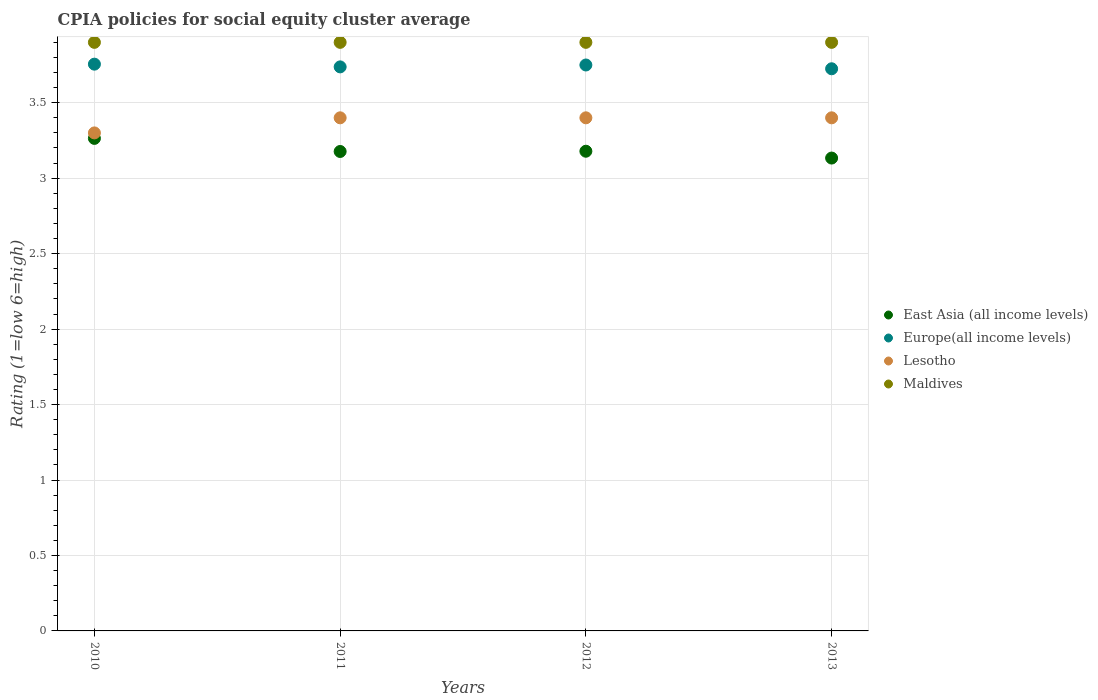
| Years | East Asia (all income levels) | Europe(all income levels) | Lesotho | Maldives |
 | --- | --- | --- | --- | --- |
 | 2010 | 3.26 | 3.76 | 3.3 | 3.9 |
 | 2011 | 3.18 | 3.74 | 3.4 | 3.9 |
 | 2012 | 3.18 | 3.75 | 3.4 | 3.9 |
 | 2013 | 3.13 | 3.73 | 3.4 | 3.9 |